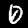
Digit: 0